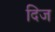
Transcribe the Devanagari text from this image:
दिज